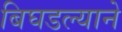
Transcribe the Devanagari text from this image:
बिघडल्याने